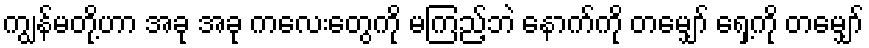
ကျွန်မတို့ဟာ အခု အခု ကလေးတွေကို မကြည့်ဘဲ နောက်ကို တမျှော် ရှေ့ကို တမျှော်